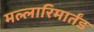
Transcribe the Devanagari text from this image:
मल्लारिमार्तंड